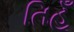
તિહૂઁ